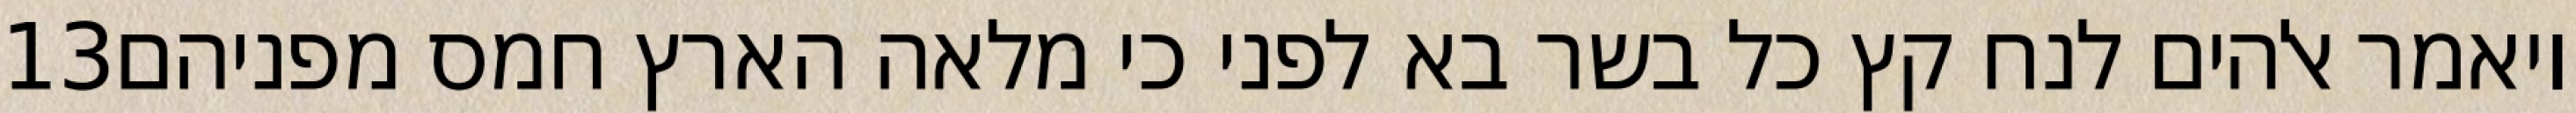
‎13‏ ויאמר אלהים לנח קץ כל בשר בא לפני כי מלאה הארץ חמס מפניהם